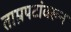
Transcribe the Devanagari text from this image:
ताम्रपटांवरून